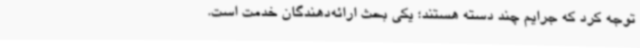
توجه کرد که جرایم چند دسته هستند؛ یکی بحث ارائه‌دهندگان خدمت است.